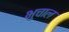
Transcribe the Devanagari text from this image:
भुचाल